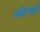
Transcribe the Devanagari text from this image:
अरेनरी